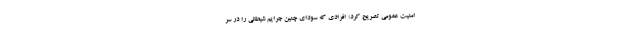
امنیت عمومی تصریح کرد: افرادی که سودای چنین جرایم شیطانی را در سر